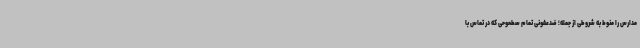
مدارس را منوط به شروطی از جمله؛ ضدعفونی تمام سطحوحی که در تماس با